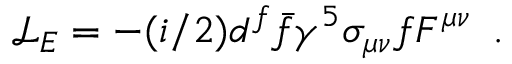
{ \mathcal L } _ { E } = - ( i / 2 ) d ^ { f } \bar { f } \gamma ^ { 5 } \sigma _ { \mu \nu } f F ^ { \mu \nu } \enspace .